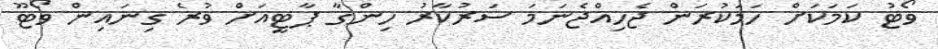
ވޯޓު ކަމަކަށް ހަމަކުރަން ޖެހިއްޖެނަމަ ސަރުކާރު ހިންގާ ޕާޓީއަށް ވުރެ ގިނައިން ވޯޓޫ